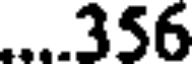
...356